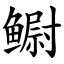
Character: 鳚